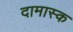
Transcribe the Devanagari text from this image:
दामास्क